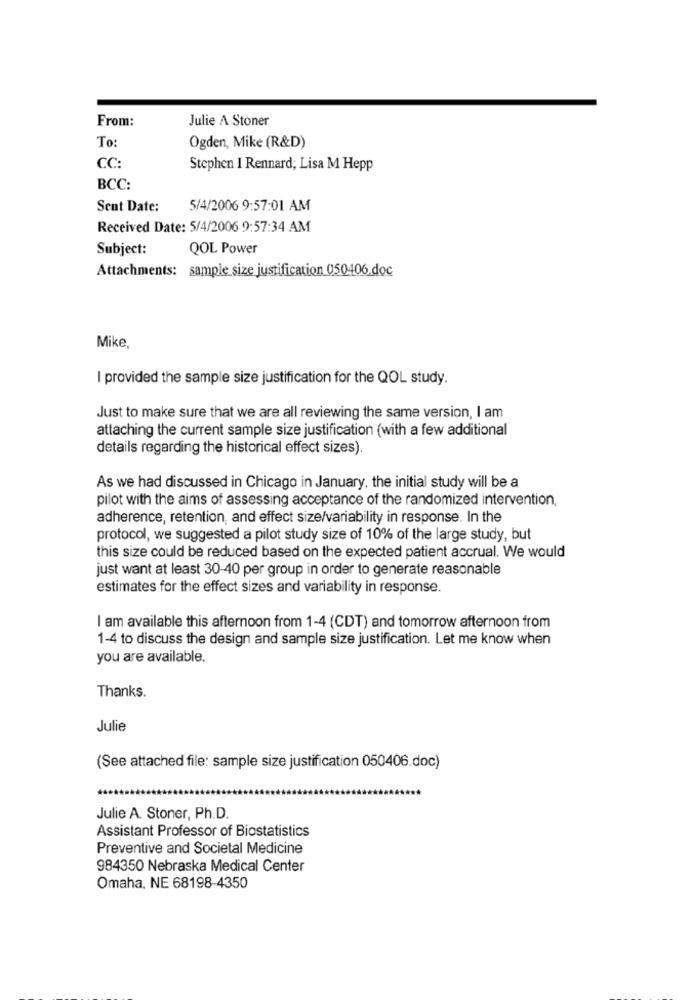
From:
Julie A Stoner
To:
Ogden, Mike (R&D)
CC:
Stephen I Rennard; Lisa M Hepp
BCC:
Sent Date:
5/4/2006 9:57:01 AM
Received Date: 5/4/2006 9:57:34 AM
Subject:
QOL Power
Attachments: sample size justification 050406.doc
Mike
I provided the sample size justification for the QOL study.
Just to make sure that we are all reviewing the same version, I am
attaching the current sample size justification (with a few additional
details regarding the historical effect sizes).
As we had discussed in Chicago in January. the initial study will be a
pilot with the aims of assessing acceptance of the randomized intervention,
adherence, retention, and effect size/variability in response. In the
protocol, we suggested a pilot study size of 10% of the large study, but
this size could be reduced based on the expected patient accrual. We would
just want at least 30-40 per group in order to generate reasonable
estimates for the effect sizes and variability in response.
I am available this afternoon from 1-4 (CDT) and tomorrow afternoon from
1-4 to discuss the design and sample size justification. Let me know when
you are available.
Thanks.
Julie
(See attached file: sample size justification 050406.doc)
Julie A. Stoner, Ph.D.
Assistant Professor of Biostatistics
Preventive and Societal Medicine
984350 Nebraska Medical Center
Omaha, NE 68198-4350